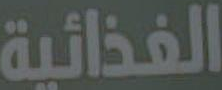
الغذائية